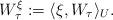
LaTeX: \begin{align*} W^\xi_\tau:= \langle \xi , W_{\tau} \rangle_U. \end{align*}